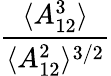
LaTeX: \frac{\langle A_{12}^{3}\rangle}{\langle A_{12}^{2}\rangle^{3/2}}